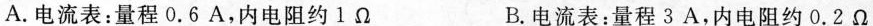
A.电流表：量程0.6A，内电阻约1Ω B.电流表：量程3A，内电阻约0.2Ω